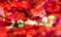
تفسيرا